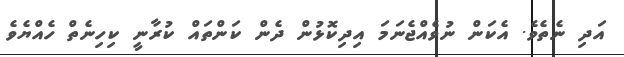
އަދި ނެތެވެ. އެކަން ނުވެއްޖެނަމަ އިދިކޮޅުން ދެން ކަންތައް ކުރާނީ ކިހިނެތް ހެއްޔެވެ